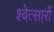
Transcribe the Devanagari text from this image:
श्वेत्सारों